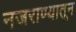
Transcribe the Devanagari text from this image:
नजराण्यातून